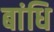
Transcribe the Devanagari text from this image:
बांधि